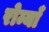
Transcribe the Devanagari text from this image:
रोम्याँ